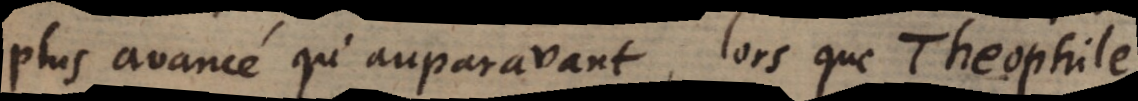
plus avancé qu’auparavant, lors que Theophile